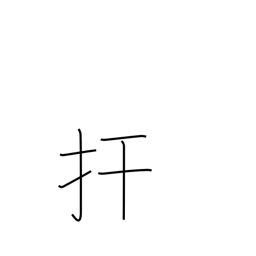
Meaning: restrain